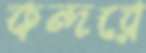
কন্দরে